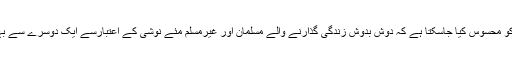
مغربی ممالک میں خاص طورپر اس کو محسوس کیا جاسکتا ہے کہ دوش بدوش زندگی گذارنے والے مسلمان اور غیرمسلم مئے نوشی کے اعتبارسے ایک دوسرے سے بہت مختلف کردار کے حامل ہوتے ہیں۔